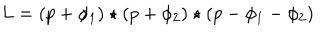
LaTeX: L = ( p + \phi _ { 1 } ) \star ( p + \phi _ { 2 } ) \star ( p - \phi _ { 1 } - \phi _ { 2 } )